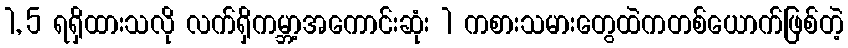
1, 5 ရရှိထားသလို လက်ရှိကမ္ဘာ့အကောင်းဆုံး 1 ကစားသမားတွေထဲကတစ်ယောက်ဖြစ်တဲ့